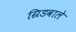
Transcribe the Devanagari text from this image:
ग्रिडवाले